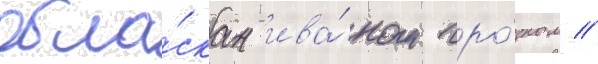
обла́скан ива́ном гро́зным //